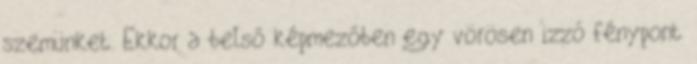
szemünket. Ekkor a belső képmezőben egy vörösen izzó fénypont